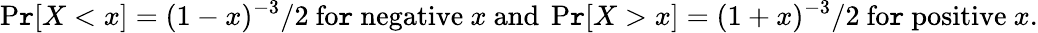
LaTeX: \operatorname*{P\mathtt{r}}[X<x]=(1-x)^{-3}/2{\mathrm{{~fo\mathtt{r}~negative~}}}x{\mathrm{{~and~}}}\operatorname*{P\mathtt{r}}[X>x]=(1+x)^{-3}/2{\mathrm{{~fo\mathtt{r}~positive~}}}x.